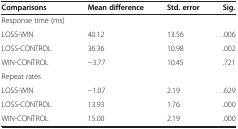
<table><thead><tr><td><b>Comparisons</b></td><td><b>Mean difference</b></td><td><b>Std. error</b></td><td><b>Sig.</b></td></tr></thead><tbody><tr><td>Response time (ms)</td><td> </td><td> </td><td> </td></tr><tr><td>LOSS-WIN</td><td>40.12</td><td>13.56</td><td>.006</td></tr><tr><td>LOSS-CONTROL</td><td>36.36</td><td>10.98</td><td>.002</td></tr><tr><td>WIN-CONTROL</td><td>−3.77</td><td>10.45</td><td>.721</td></tr><tr><td>Repeat rates</td><td> </td><td> </td><td> </td></tr><tr><td>LOSS-WIN</td><td>−1.07</td><td>2.19</td><td>.629</td></tr><tr><td>LOSS-CONTROL</td><td>13.93</td><td>1.76</td><td>.000</td></tr><tr><td>WIN-CONTROL</td><td>15.00</td><td>2.19</td><td>.000</td></tr></tbody></table>